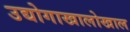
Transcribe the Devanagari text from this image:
उद्योगाखालोखाल